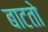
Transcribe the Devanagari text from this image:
बाटतो